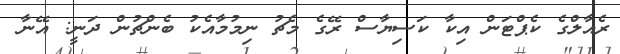
ރެއާލްގެ ކެޕްޓަން އިކާ ކަސިޔާސް ރޭގެ މެޗު ނިމުމާއެކު ބެންޗުން ދަނީ: އޭނާ